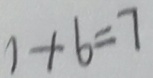
1 + 6 = 7